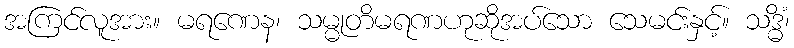
အကြင်လူအား။ မရဏေန၊ သမ္မုတိမရဏဟုဆိုအပ်သော သေမင်းနှင့်။ သဒ္ဓိံ၊